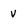
Character: v